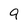
Character: 9